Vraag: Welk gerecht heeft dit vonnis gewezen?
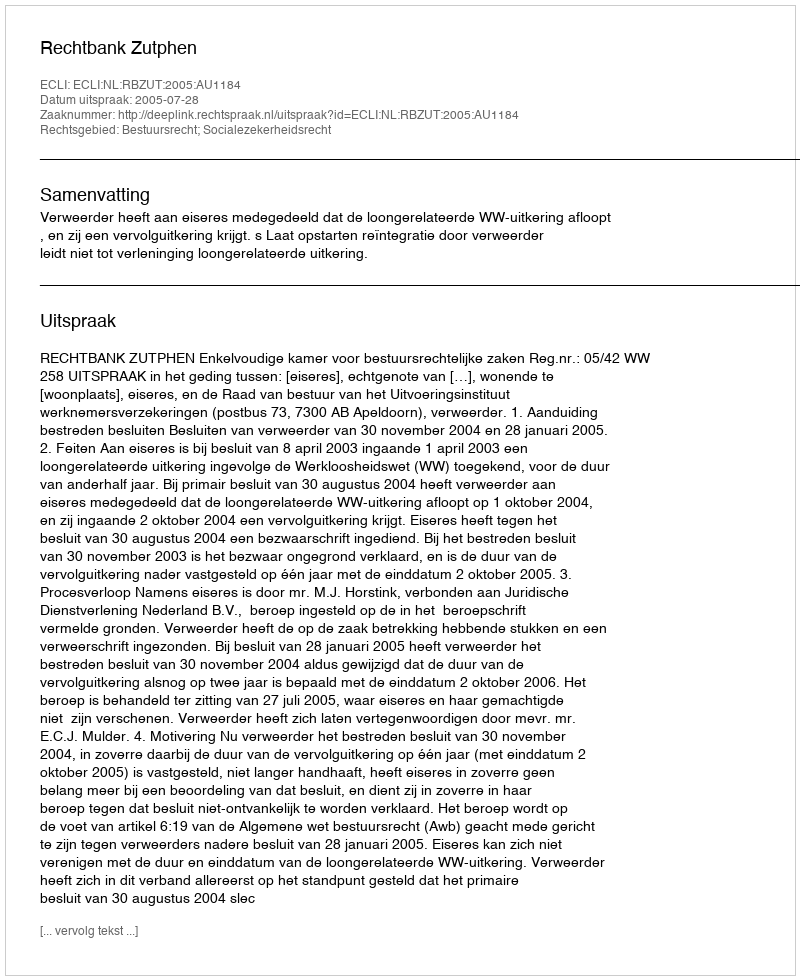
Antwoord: Rechtbank Zutphen